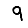
Digit: 9